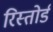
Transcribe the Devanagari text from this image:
रिस्तोर्ड